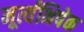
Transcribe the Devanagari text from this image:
मूर्त्यभिषेक